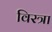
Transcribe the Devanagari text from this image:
विरत्रा